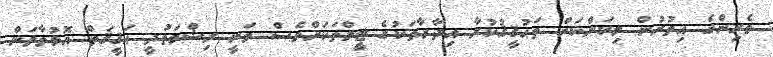
ވެރިންގެ އިތުރުން މިކަންކަން ތަޙުޤީޤުކުރާ އިދާރާތަކުގެ ޓީމްތަކަށްވެސް ވަނީ ރިޝްވަތުދީ ޙަޤީޤަތް އޮޅުވާލަން